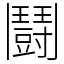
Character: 鬪